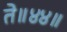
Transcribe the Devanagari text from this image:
ते॥४४॥